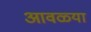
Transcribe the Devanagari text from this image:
आवळ्या